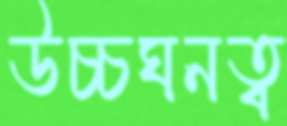
উচ্চঘনত্ব